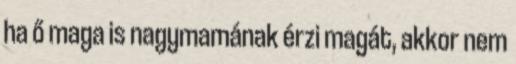
ha ő maga is nagymamának érzi magát, akkor nem